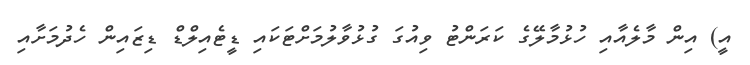
އީ) އިން މާލެއާއި ހުޅުމާލޭގެ ކަރަންޓު ވިއުގަ ގުޅުވާލުމަށްޓަކައި ޑީޓެއިލްޑް ޑިޒައިން ހެދުމަށާއި